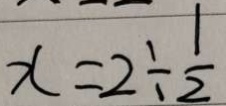
x = 2 \div \frac { 1 } { 2 }